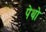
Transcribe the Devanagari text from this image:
पेथो